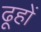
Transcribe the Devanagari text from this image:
ढूहों